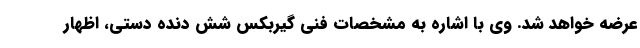
عرضه خواهد شد. وی با اشاره به مشخصات فنی گیربکس شش دنده دستی، اظهار